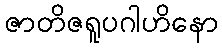
ဇာတိဇရူပဂါဟိနော